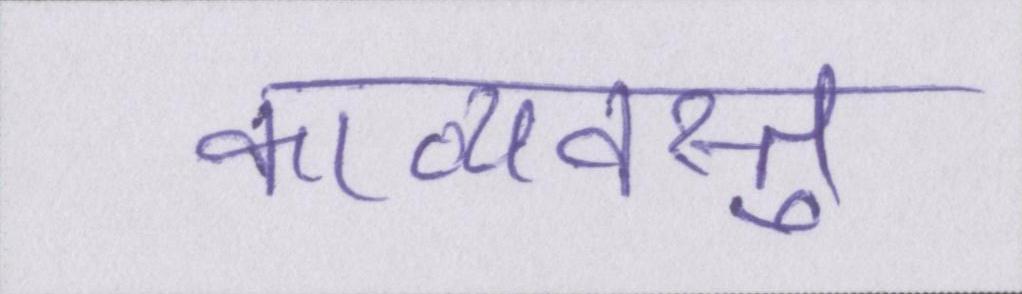
काव्यवस्तु